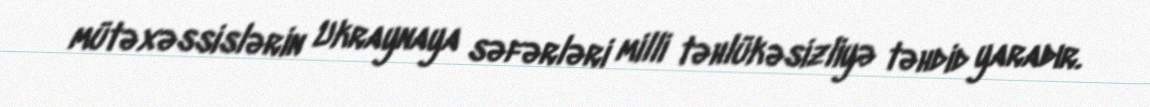
mütəxəssislərin Ukraynaya səfərləri milli təhlükəsizliyə təhdid yaradır.